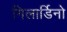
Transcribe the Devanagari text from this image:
गिलार्डिनो